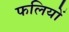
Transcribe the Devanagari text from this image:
फलियों